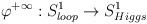
LaTeX: \begin{align*}\varphi^{+\infty}:S^1_{loop} \rightarrow S^1_{Higgs} \end{align*}